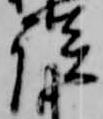
談